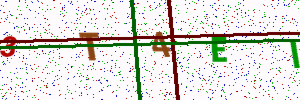
Text: 3T4EI